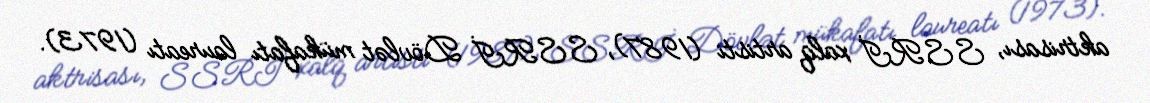
aktrisası, SSRİ xalq artisti (1987), SSRİ Dövlət mükafatı laureatı (1973).